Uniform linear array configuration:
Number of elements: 4
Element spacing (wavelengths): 0.5
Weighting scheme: hann
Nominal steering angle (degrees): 60
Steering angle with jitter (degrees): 61.727
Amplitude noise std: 0.05
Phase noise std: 0.05

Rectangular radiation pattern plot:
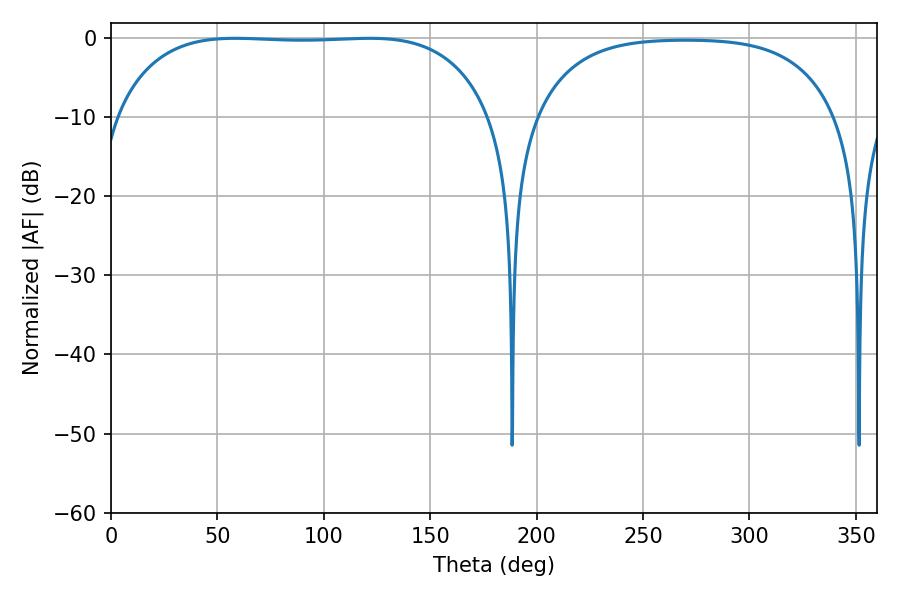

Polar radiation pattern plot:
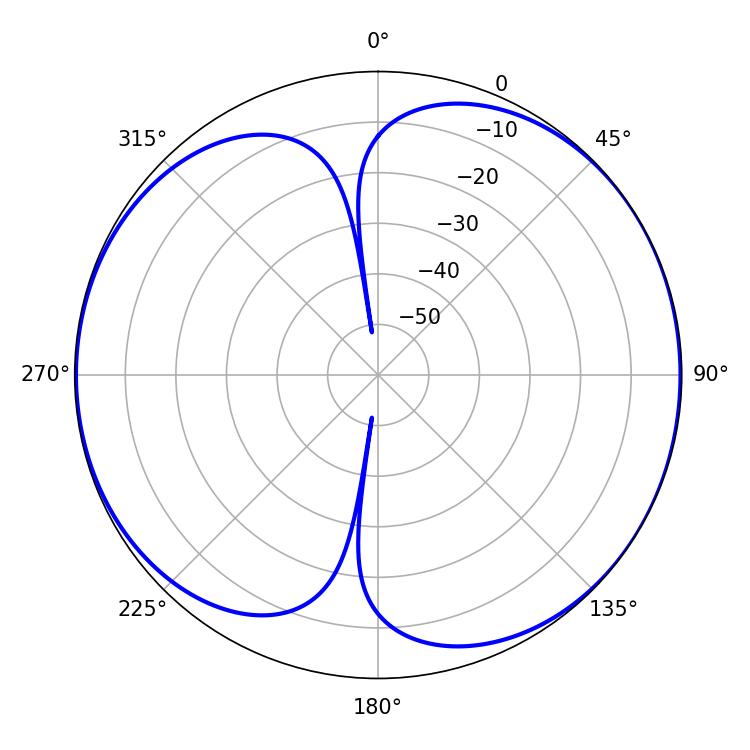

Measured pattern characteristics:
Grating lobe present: FALSE
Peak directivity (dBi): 6.97
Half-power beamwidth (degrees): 138.6
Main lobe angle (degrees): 58.32